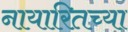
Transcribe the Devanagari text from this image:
नायारितच्या